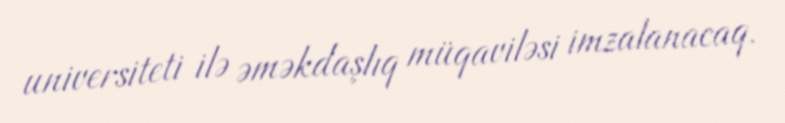
universiteti ilə əməkdaşlıq müqaviləsi imzalanacaq.